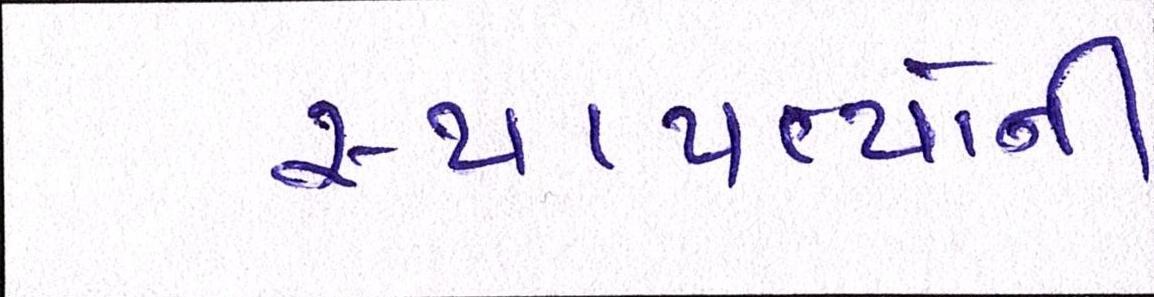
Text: સ્થાપત્યોની